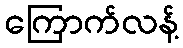
ကြောက်လန့်